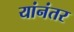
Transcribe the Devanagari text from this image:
यांनंतर